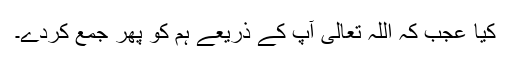
کیا عجب کہ اللہ تعالیٰ آپ کے ذریعے ہم کو پھر جمع کردے۔